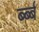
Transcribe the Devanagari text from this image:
र्ब्ब्ब